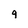
Character: g